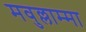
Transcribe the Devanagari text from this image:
मवुल्लाम्मा